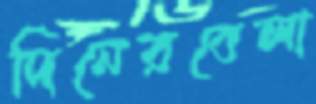
দিনেরবেলা